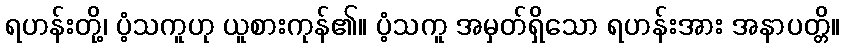
ရဟန်းတို့၊ ပံ့သကူဟု ယူစားကုန်၏။ ပံ့သကူ အမှတ်ရှိသော ရဟန်းအား အနာပတ္တိ။